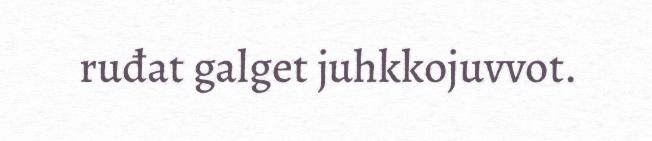
ruđat galget juhkkojuvvot.